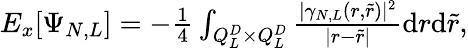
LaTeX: \begin{array}{r}{E_{x}[\Psi_{N,L}]=-\frac 14\int_{Q_{L}^{D}\times Q_{L}^{D}}\frac{|\gamma_{N,L}(r,\tilde{r})|^{2}}{|r-\tilde{r}|}\mathrm{d}r\mathrm{d}\tilde{r},}\end{array}